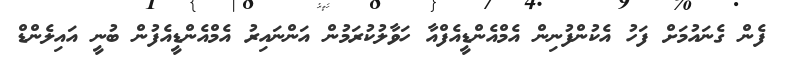
ފެން ގެނައުމަށް ފަހު އެކުންފުނިން އެމްއެންޑީއެފްއާ ހަވާލުކުރަމުން އަންނައިރު އެމްއެންޑީއެފުން ބުނީ އައިލެންޑް